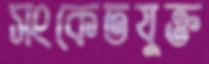
সংকেতযুক্ত